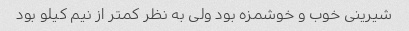
شیرینی خوب و خوشمزه بود ولی به نظر کمتر از نیم کیلو بود